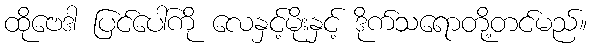
ထိုဗေဒါ ပြင်ပေါ်ကို လေနှင့်မိုးနှင့် ဒိုက်သရောတို့တင်မည်။